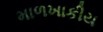
માળખાકીય